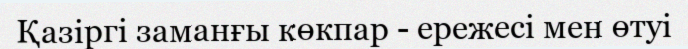
Қазіргі заманғы көкпар - ережесі мен өтуі